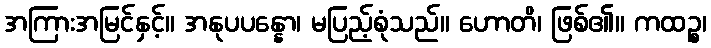
အကြားအမြင်နှင့်။ အနုပပန္နော၊ မပြည့်စုံသည်။ ဟောတိ၊ ဖြစ်၏။ ကထဉ္စ၊